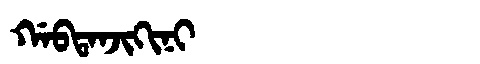
Manchu: ᡤᠠᠪᡨᠠᠨᠵᡳᡴᡳᠨᡳ
Romanization: GABTANJIKINI